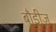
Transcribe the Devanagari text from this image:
बौडीज़